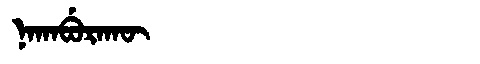
Manchu: ᠨᠠᡴᠠᠪᡠᡵᠠᡴᡡ
Romanization: NAKABURAKŪ